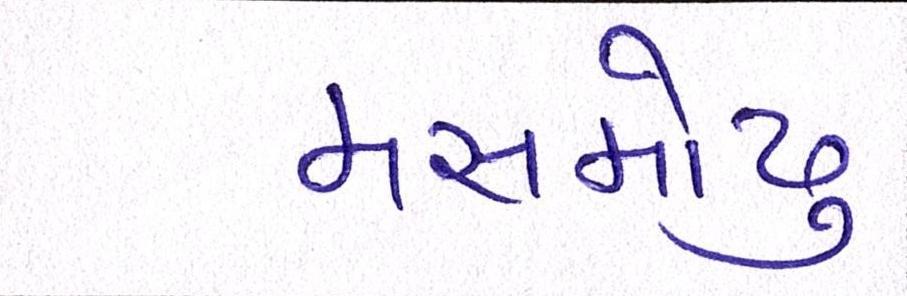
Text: મસમોટુ